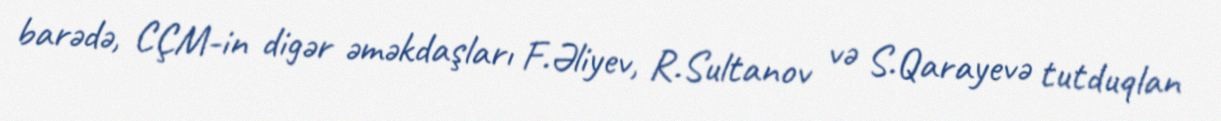
barədə, CÇM-in digər əməkdaşları F.Əliyev, R.Sultanov və S.Qarayevə tutduqlan